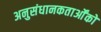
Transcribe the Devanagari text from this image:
अनुसंधानकतार्ओंको